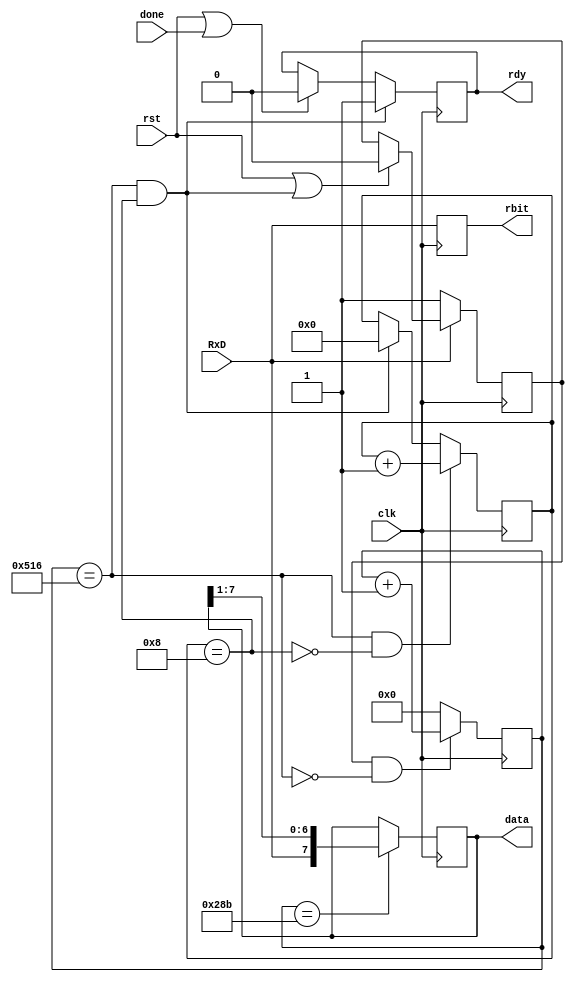
module RS232R(
    input clk, rst,
    input done,   // "byte has been read"
    input RxD,
    output rdy,
    output rbit,
    output [7:0] data);

wire endtick, midtick;
reg run, stat;
reg [11:0] tick;
reg [3:0] bitcnt;
reg [7:0] shreg;
// reg done;

assign endtick = tick == 1302;
assign midtick = tick ==  651;
assign endbit = bitcnt == 8;
assign data = shreg;
assign rdy = stat;

always @ (posedge clk) begin
  run <= (~RxD) ? 1 : (rst | endtick & endbit) ? 0 : run;
  tick <= (run & ~endtick) ? tick + 1 : 0;
  bitcnt <= (endtick & ~endbit) ? bitcnt + 1 :
    (endtick & endbit) ? 0 : bitcnt;
  shreg <= midtick ? {RxD, shreg[7:1]} : shreg;
  rbit <= RxD;
  stat <= (endtick & endbit) ? 1 : (rst | done) ? 0 : stat;
end	 
endmodule